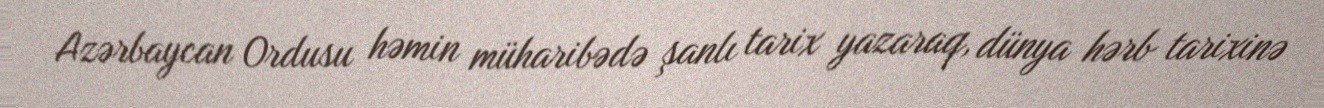
Azərbaycan Ordusu həmin müharibədə şanlı tarix yazaraq, dünya hərb tarixinə